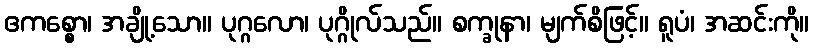
ဧကစ္စော၊ အချို့သော။ ပုဂ္ဂလော၊ ပုဂ္ဂိုလ်သည်။ စက္ခုနာ၊ မျက်စိဖြင့်။ ရူပံ၊ အဆင်းကို။